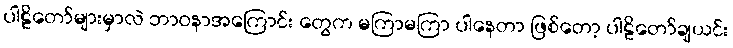
ပါဠိတော်များမှာလဲ ဘာဝနာအကြောင်း တွေက မကြာမကြာ ပါနေတာ ဖြစ်တော့ ပါဠိတော်ချယင်း